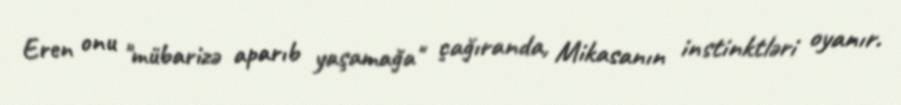
Eren onu "mübarizə aparıb yaşamağa" çağıranda, Mikasanın instinktləri oyanır.